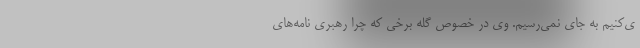
ی‌کنیم به جای نمی‌رسیم. وی در خصوص گله برخی که چرا رهبری نامه‌های